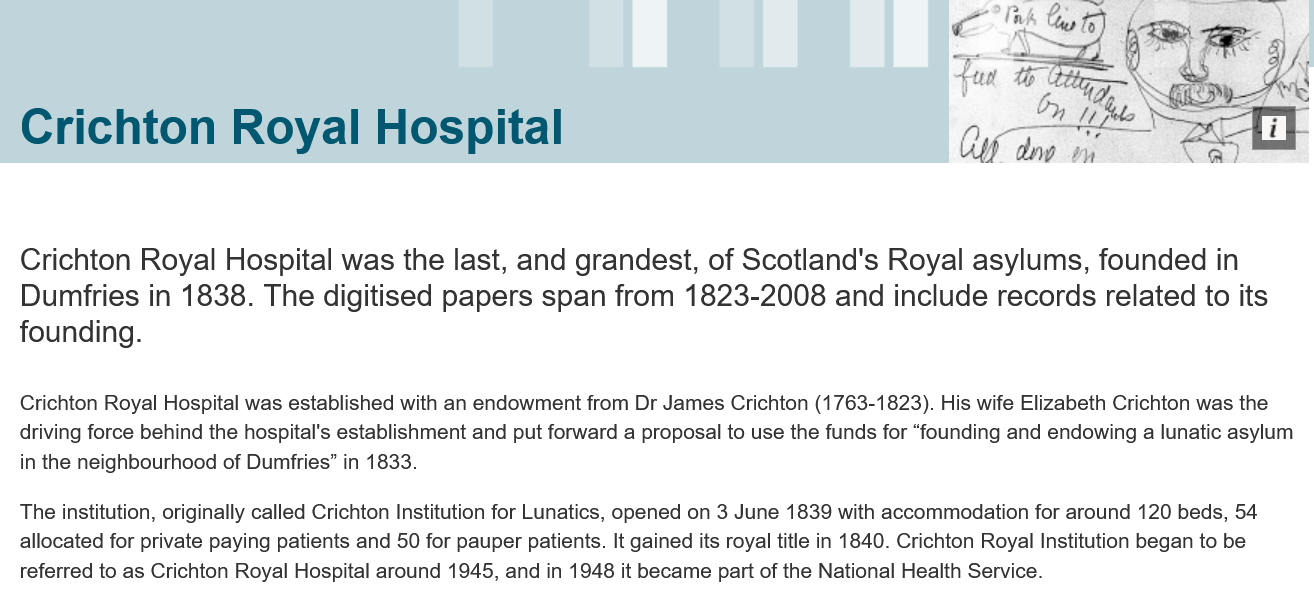
Crichton    Royal    Hospital
   Crichton   Royal   Hospital   was   the  last, and   grandest,   of Scotland's    Royal   asylums,    founded    in
   Dumfries    in 1838.   The  digitised   papers   span   from   1823-2008    and   include   records related  to its
  founding.
   Crichton Royal Hospital was established with an endowment from Dr James Crichton (1763-1823). His wife Elizabeth Crichton was the
  driving force behind the hospital's establishment and put forward a proposal to use the funds for “founding and endowing a lunatic asylum
   in the neighbourhood of Dumfries” in 1833.
  The institution, originally called Crichton Institution for Lunatics, opened on 3 June 1839 with accommodation for around 120 beds, 54
  allocated for private paying patients and 50 for pauper patients. It gained its royal title in 1840. Crichton Royal Institution began to be
   referred to as Crichton Royal Hospital around 1945, and in 1948 it became part of the National Health Service.